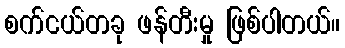
စက်ငယ်တခု ဖန်တီးမှု ဖြစ်ပါတယ်။